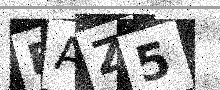
Text: EAZ5